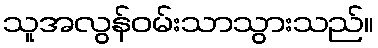
သူအလွန်ဝမ်းသာသွားသည်။